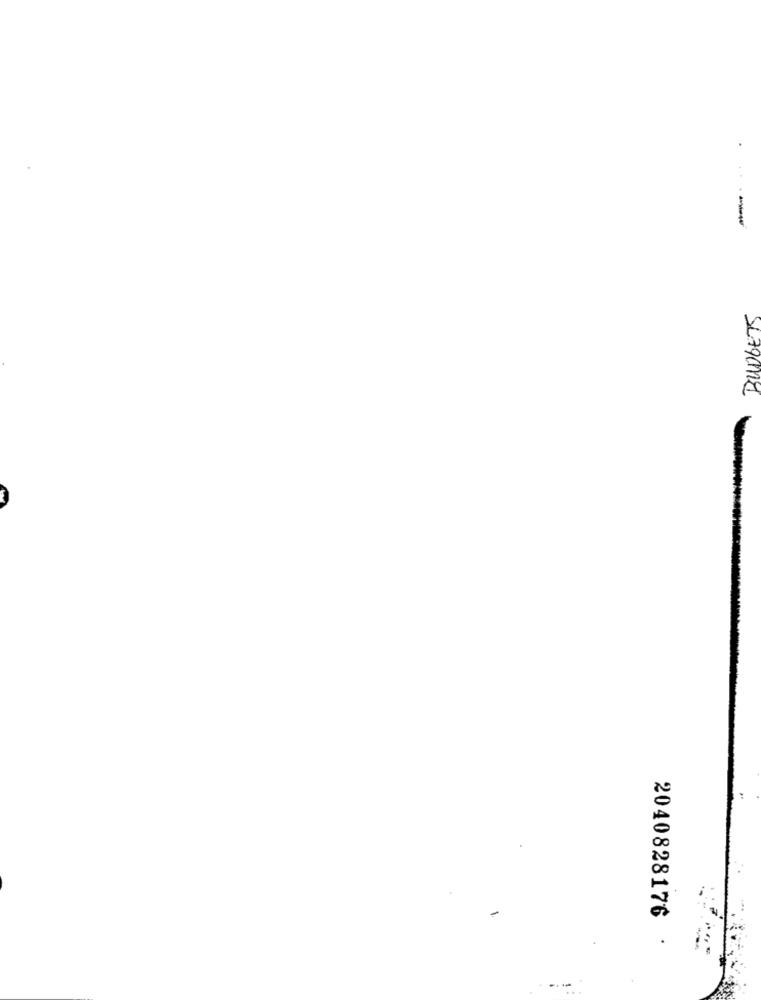
2040828176 ·